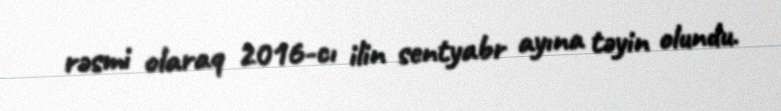
rəsmi olaraq 2016-cı ilin sentyabr ayına təyin olundu.